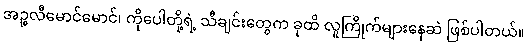
အဉ္စလီမောင်မောင်၊ ကိုပေါတို့ရဲ့ သီချင်းတွေက ခုထိ လူကြိုက်များနေဆဲ ဖြစ်ပါတယ်။